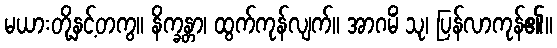
မယားတို့နှင့်တကွ။ နိက္ခန္တာ၊ ထွက်ကုန်လျက်။ အာဂမိံ သု၊ ပြန်လာကုန်၏။